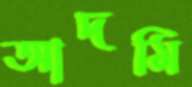
আদমি